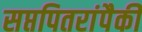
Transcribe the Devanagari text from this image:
सप्तपितरांपैकी